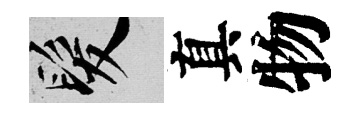
髮真物